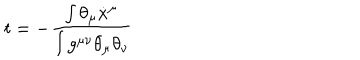
t = - \frac { \int \theta _ { \mu } \dot { x } ^ { \mu } } { \int g ^ { \mu \nu } \theta _ { \mu } \theta _ { \nu } }